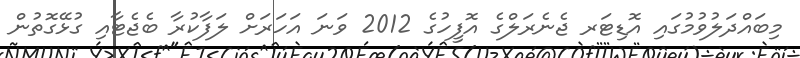
މިބައްދަލުވުމުގައި އޮޑިޓަރ ޖެނެރަލްގެ އޮފީހުގެ 2012 ވަނަ އަހަރަށް ލަފާކުރާ ބެޖެޓާއި ގުޅޭގޮތުން